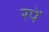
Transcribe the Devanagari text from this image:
रपें